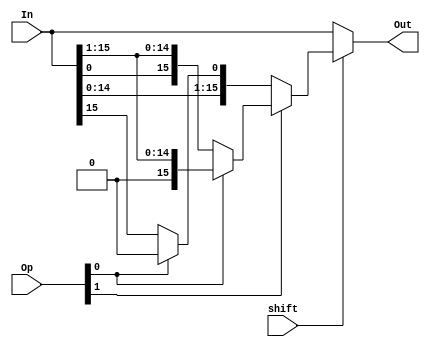
/*
* zeroth shifting mux, shift only one bit, input connections:
* in, 16 bits number for shiting
* sel, 2 bit selection connected to the opcode for
* 	op[00] Rotate left
* 	op[01] Shift left
* 	op[10] rotate right
* 	op[11] Shift right logical
* shift, determine whether to shift or not
* out, output
*/
module shift0(In, Op, shift, Out);

input [1:0] Op;
input shift;
input [15:0] In;
output[15:0]Out;


assign Out = shift ? Op[1] ? Op[0] ? {1'b0, In[15:1]}: // op[11]
             {In[0], In[15:1]} : // op[10]
             Op[0] ? {In[14:0], 1'b0}: // op[01]
             {In[14:0], In[15]}: // op[00]
             In; // no shift in this shifter

endmodule